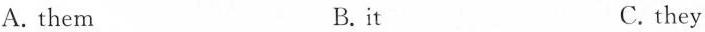
A.them B.it C. they